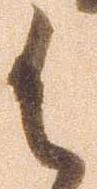
御